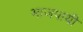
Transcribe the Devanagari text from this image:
भाजपायी